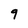
Character: q